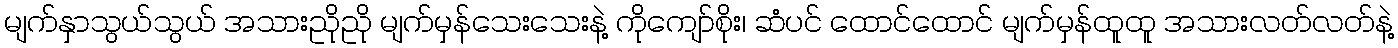
မျက်နှာသွယ်သွယ် အသားညိုညို မျက်မှန်သေးသေးနဲ့ ကိုကျော်စိုး၊ ဆံပင် ထောင်ထောင် မျက်မှန်ထူထူ အသားလတ်လတ်နဲ့